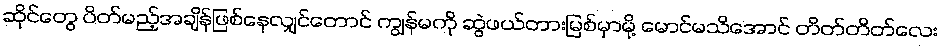
ဆိုင်တွေ ပိတ်မည့်အချိန်ဖြစ်နေလျှင်တောင် ကျွန်မကို ဆွဲဖယ်တားမြစ်မှာမို့ မောင်မသိအောင် တိတ်တိတ်လေး